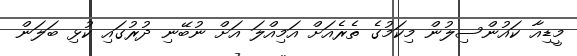
މީޑިއާ ކައުންސިލުން މިކަމުގެ ތެރެއަށް އަމިއްލަ އަށް ނުބޭނި ދުރުގައި ކުޅި ބަލަން